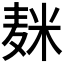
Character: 𱋕